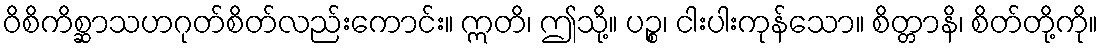
ဝိစိကိစ္ဆာသဟဂုတ်စိတ်လည်းကောင်း။ ဣတိ၊ ဤသို့။ ပဉ္စ၊ ငါးပါးကုန်သော။ စိတ္တာနိ၊ စိတ်တို့ကို။